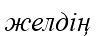
желдің